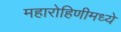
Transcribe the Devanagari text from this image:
महारोहिणीमध्ये